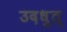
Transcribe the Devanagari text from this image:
उदधुत्